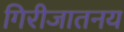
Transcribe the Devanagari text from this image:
गिरीजातनय